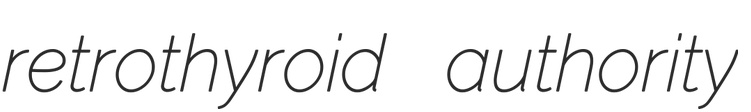
retrothyroid authority